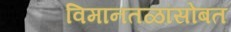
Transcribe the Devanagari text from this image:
विमानतळांसोबत